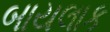
બાયલાક